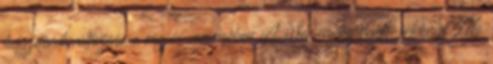
helyzetének változása a régiós versenyben A Versenyképességi évkönyv 216